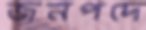
জনপদে